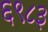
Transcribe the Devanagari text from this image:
६९८३